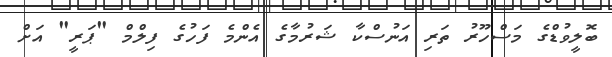
ބޮލީވުޑްގެ މަސްހޫރު ތަރި އަނުސްކާ ޝަރުމާގެ އެންމެ ފަހުގެ ފިލްމް "ޕަރީ" އަށް